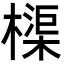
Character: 𬄨